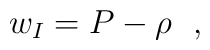
w_{I} = P - \rho\ \ ,